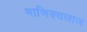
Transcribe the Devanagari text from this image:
माणिक्यलाल